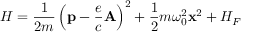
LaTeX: H = { \frac { 1 } { 2 m } } \left( \mathbf { p } - { \frac { e } { c } } \mathbf { A } \right) ^ { 2 } + { \frac { 1 } { 2 } } m \omega _ { 0 } ^ { 2 } \mathbf { x } ^ { 2 } + H _ { F }